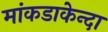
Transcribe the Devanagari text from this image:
मांकडाकेन्दा